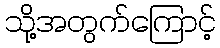
သို့အတွက်ကြောင့်